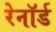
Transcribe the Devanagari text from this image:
रेनॉर्ड